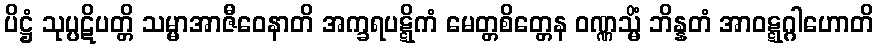
ပိဋ္ဌံ သုပ္ပဋိပတ္တိ သမ္မာအာဇီဝေနာတိ အက္ခရပဋ္ဋိကံ မေတ္တစိတ္တေန ဝဏ္ဏသ္မိံ ဘိန္နတံ အာဝဋ္ဋဂ္ဂါဟောတိ